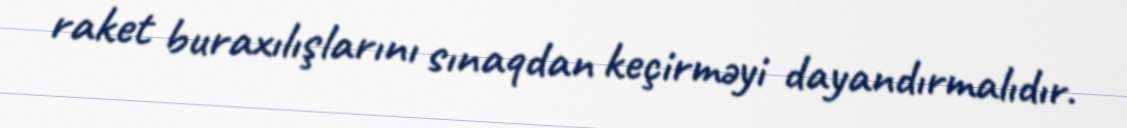
raket buraxılışlarını sınaqdan keçirməyi dayandırmalıdır.